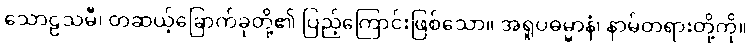
သောဠသမီ၊ တဆယ့်ခြောက်ခုတို့၏ ပြည့်ကြောင်းဖြစ်သော။ အရူပဓမ္မာနံ၊ နာမ်တရားတို့ကို။